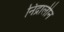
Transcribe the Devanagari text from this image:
निंद्रालीन